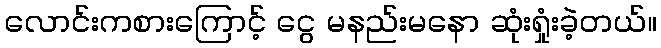
လောင်းကစားကြောင့် ငွေ မနည်းမနော ဆုံးရှုံးခဲ့တယ်။